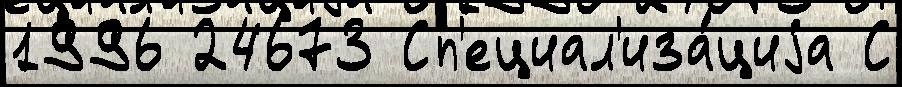
1996 24673 Сп'ециал'иза́циjа С